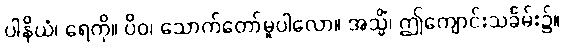
ပါနိယံ၊ ရေကို။ ပိဝ၊ သောက်တော်မူပါလော။ အသ္မိံ၊ ဤကျောင်းသင်္ခမ်း၌။